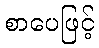
စာပေဖြင့်